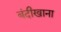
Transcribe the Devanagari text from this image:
बंदीखाना